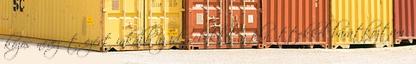
közös nevezőt, ezért inkább az idősebekkel, a felnőttekkel barátkoztam.